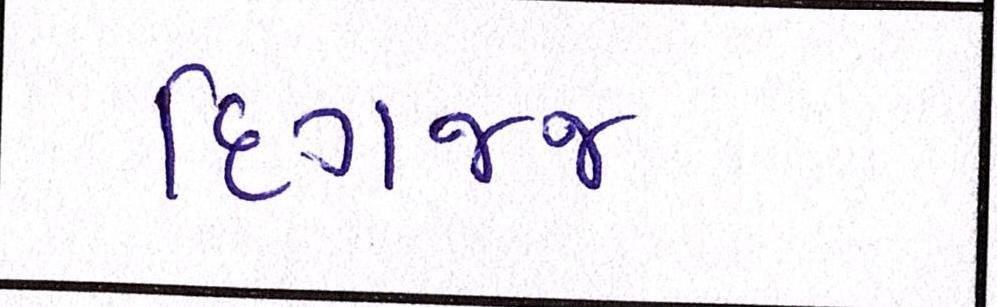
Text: દિગજ્જ